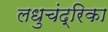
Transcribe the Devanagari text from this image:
लधुचंद्रिका